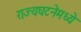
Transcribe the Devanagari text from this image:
राज्यघटनेमध्ये